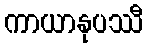
ကာယာနုပဿီ